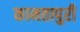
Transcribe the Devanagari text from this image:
कामतापुरी